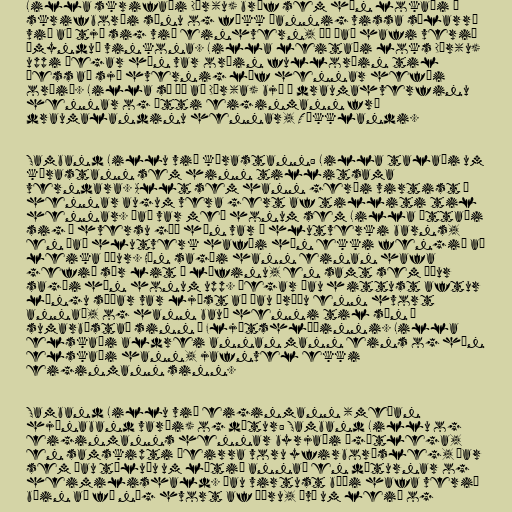
Lilla skrifaði Dór(u) bréf sem hún lokaði í
skrifborði sínu og fékk þannig vissa sálarró
við að tjá sig við einhvern, þó það hafi verið
ímynduð vinkona. Lilla leitaði loks Dór(u)
uppi þegar hún var orðin fullorðin til
þess að sjá hvernig líf hennar hefði
orðið. Lilla sá þá að Dór(a) bjó í draumahverfinu
hennar og átti eiginmann frá
draumalandinu hennar, Tékklandi.

Samband Lillu við kærastann: Lilla talaði um
kærastann sem hinn tillitsama
verndara. Allt sem hann gerði virtist í
hennar augum vera gert af tilliti til
hennar. Það var með honum sem Lilla áttaði
sig á hversu góð hún var í hlutverki barns,
en það hlutverk hafði hún ekki fengið að
leika áður. Hún sagði hann einan hafa
gefið sér lit í lífinu, en samt sem áður
sagði hún honum upp. Þegar þau hittust aftur
löngu síðar var ljóst að þau þráðu enn hvort
annað, og hann bauð henni til sín í
sumarbústað sinn í Fljótshlíðinni. Lilla
elskaði aldrei annan mann eins og hún
elskaði hann, jafnvel ekki
eiginmann sinn.

Samband Lillu við eiginmann (meðan
hjónaband varði) og dætur: Samband Lillu og
eiginmanns hennar byrjaði ágætlega,
en samskipti þeirra voru yfirborðsleg, þar
sem þau töluðu um lítið annað en dæturnar og
heimilishald. Þau virtust bæði hafa verið
búin að fá nóg hvort af öðru, því um leið og